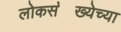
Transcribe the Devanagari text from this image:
लोकस॓ख्येच्या